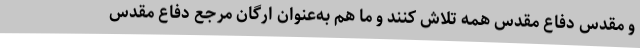
و مقدس دفاع مقدس همه تلاش کنند و ما هم به‌عنوان ارگان مرجع دفاع مقدس